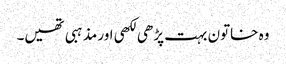
وہ خاتون بہت پڑھی لکھی اور مذہبی تھیں۔